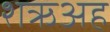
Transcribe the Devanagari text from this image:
शऋअह